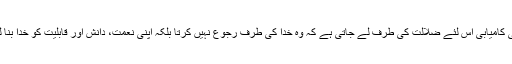
کافر کی کامیابی اس لئے ضلالت کی طرف لے جاتی ہے کہ وہ خدا کی طرف رجوع نہیں کرتا بلکہ اپنی نعمت، دانش اور قابلیت کو خدا بنا لیتا ہے۔